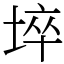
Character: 埣